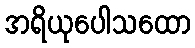
အရိယုပေါသထော